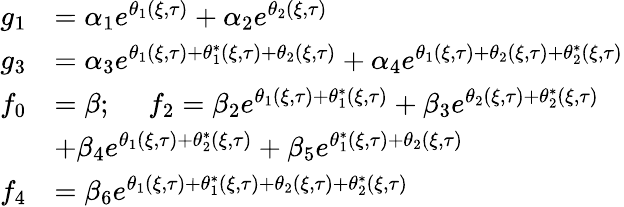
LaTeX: \begin{array}{rl}{g_{1}}&{=\alpha_{1}e^{\theta_{1}(\xi,\tau)}+\alpha_{2}e^{\theta_{2}(\xi,\tau)}}\\ {g_{3}}&{=\alpha_{3}e^{\theta_{1}(\xi,\tau)+\theta_{1}^{*}(\xi,\tau)+\theta_{2}(\xi,\tau)}+\alpha_{4}e^{\theta_{1}(\xi,\tau)+\theta_{2}(\xi,\tau)+\theta_{2}^{*}(\xi,\tau)}}\\ {f_{0}}&{=\beta;\quad\ f_{2}=\beta_{2}e^{\theta_{1}(\xi,\tau)+\theta_{1}^{*}(\xi,\tau)}+\beta_{3}e^{\theta_{2}(\xi,\tau)+\theta_{2}^{*}(\xi,\tau)}}\\ &{+\beta_{4}e^{\theta_{1}(\xi,\tau)+\theta_{2}^{*}(\xi,\tau)}+\beta_{5}e^{\theta_{1}^{*}(\xi,\tau)+\theta_{2}(\xi,\tau)}}\\ {f_{4}}&{=\beta_{6}e^{\theta_{1}(\xi,\tau)+\theta_{1}^{*}(\xi,\tau)+\theta_{2}(\xi,\tau)+\theta_{2}^{*}(\xi,\tau)}}\end{array}